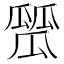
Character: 𤬑